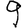
Digit: 9